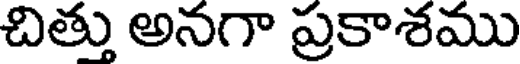
చితు అనగా ప్రకాశము